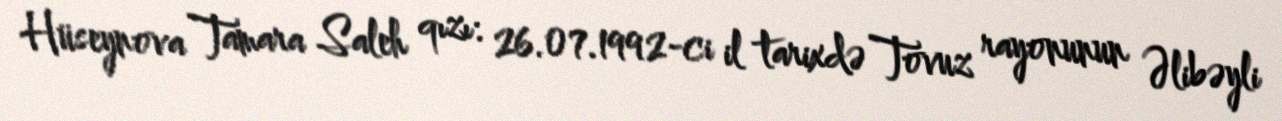
Hüseynova Tamara Saleh qızı: 26.07.1992-ci il tarixdə Tovuz rayonunun Əlibəyli